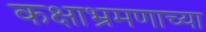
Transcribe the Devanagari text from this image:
कक्षाभ्रमणाच्या